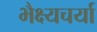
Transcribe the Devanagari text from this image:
भैक्ष्यचर्या